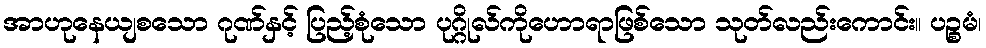
အာဟုနေယျစသော ဂုဏ်နှင့် ပြည့်စုံသော ပုဂ္ဂိုလ်ကိုဟောရာဖြစ်သော သုတ်လည်းကောင်း။ ပဉ္စမံ၊